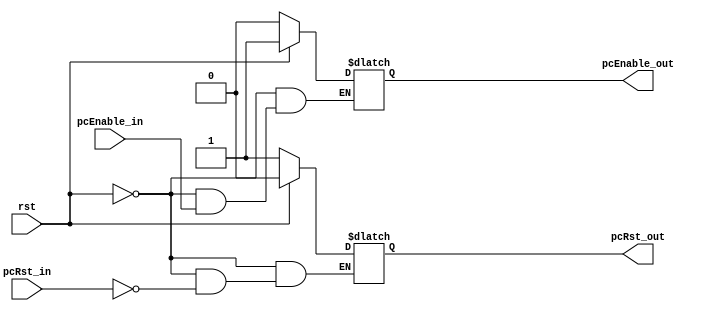
`timescale 1ns / 1ps
//////////////////////////////////////////////////////////////////////////////////
// Company: 
// Engineer: 
// 
// Design Name: 
// Module Name: StallModule
// Project Name: 
// Target Devices: 
// Tool Versions: 
// Description: 
// 
// Dependencies: 
// 
// Revision:
// Revision 0.01 - File Created
// Additional Comments:
// 
//////////////////////////////////////////////////////////////////////////////////


module StallModule(
    input      rst, pcEnable_in, pcRst_in,
    output reg pcEnable_out, pcRst_out
    );
    initial begin
        pcEnable_out = 1;
        pcRst_out = 0;
    end
    always @(*) begin
        if (rst) begin
            pcEnable_out = 1;
            pcRst_out = 0;
        end else begin
            if (pcEnable_in == 0)
                pcEnable_out = 0;
            if (pcRst_in == 1)
                pcRst_out = 1;
        end
    end
endmodule